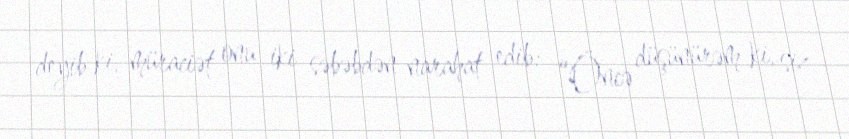
deyib ki, müraciət onu iki səbəbdən narahat edib: “Öncə düşünürəm ki, siz